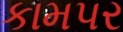
કામપર